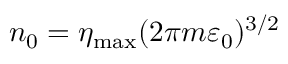
{ n _ { 0 } = \eta _ { \mathrm { m a x } } ( 2 \pi m \varepsilon _ { 0 } ) ^ { 3 / 2 } }